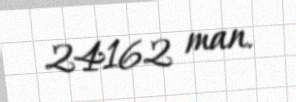
24162 man.